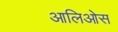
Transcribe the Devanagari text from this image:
आलिओस